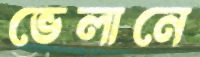
ভেলানে